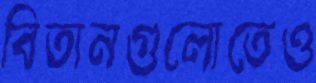
বিতানগুলোতেও